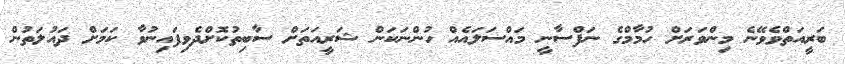
ބަރީއަތްވެވޭނެ މިންވަރަށް ހުމާމްގެ ނަފްސާނީ މައްސަލައެއް ހުންނަކަން ޝަރީއަތަށް ސާބިތުކޮށްދެވިފައިނުވާ ކަމަށް ދައުލަތުން